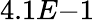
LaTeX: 4.1E{-1}